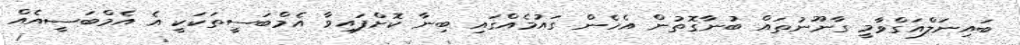
ބައިނަލްއަގްވާމީ ގާނޫނުތައް ބުނާގޮތުން އެހެން ގައުމެއްގައި ބިނާ ކޮށްފައިވާ އެމްބަސީތަކަކީ އެ އެމްބަސީއެއް